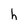
Character: h